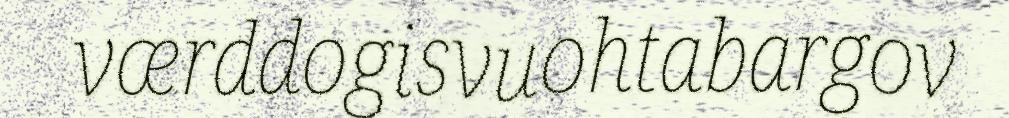
værddogisvuohtabargov